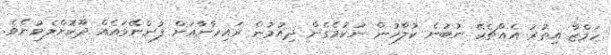
ހަމްޒާ އިތުރު އެއްޗެކޭ ނުބުނެ ކުލާހުން ނުކުމެގެން ދިއުމުން ރައިހާނާއަށް ފުންނޭވައެއް ދޫކޮށްލެވުނެވެ.